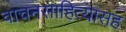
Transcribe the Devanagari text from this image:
वाचनसाहित्यासह